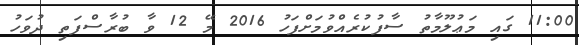
11:00 ގައި މަޢުލޫމާތު ސާފުކުރެއްވުމަށްފަހު 2016 މޭ 12 ވާ ބުރާސްފަތި ދުވަހު